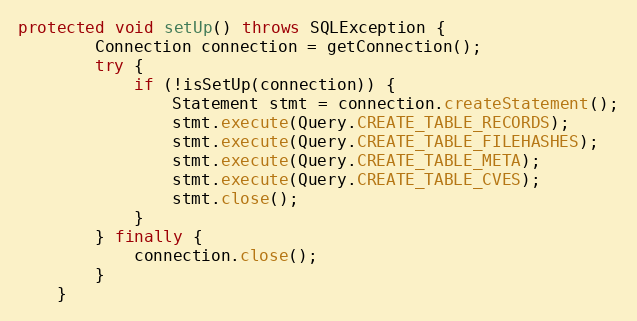
Language: Java
protected void setUp() throws SQLException {
        Connection connection = getConnection();
        try {
            if (!isSetUp(connection)) {
                Statement stmt = connection.createStatement();
                stmt.execute(Query.CREATE_TABLE_RECORDS);
                stmt.execute(Query.CREATE_TABLE_FILEHASHES);
                stmt.execute(Query.CREATE_TABLE_META);
                stmt.execute(Query.CREATE_TABLE_CVES);
                stmt.close();
            }
        } finally {
            connection.close();
        }
    }